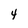
Character: y